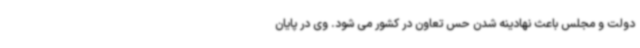
دولت و مجلس باعث نهادینه شدن حس تعاون در کشور می شود. وی در پایان